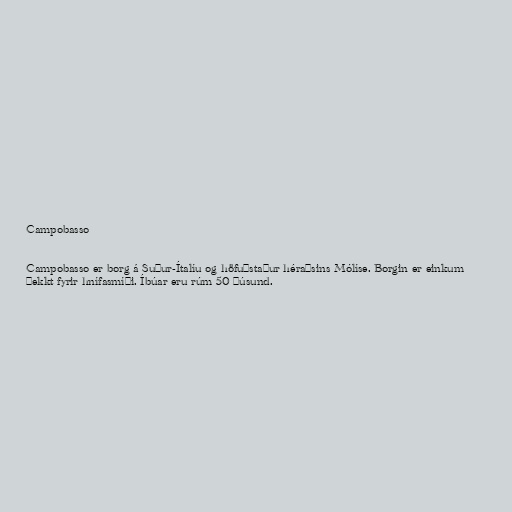
Campobasso

Campobasso er borg á Suður-Ítalíu og höfuðstaður héraðsins Mólíse. Borgin er einkum
þekkt fyrir hnífasmíði. Íbúar eru rúm 50 þúsund.